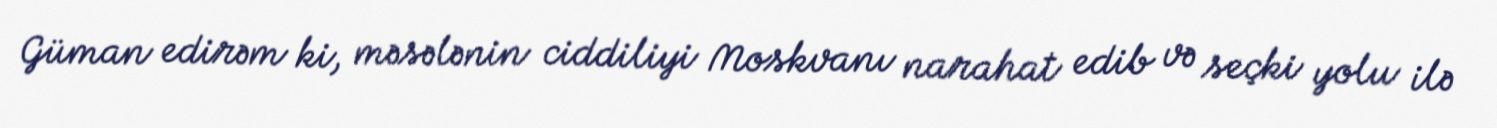
Güman edirəm ki, məsələnin ciddiliyi Moskvanı narahat edib və seçki yolu ilə